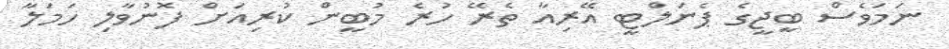
ނަމަވެސް ބީޖީގެ ޕެނަލްޓީ އޭރިއާ ތެރޭ ހުރެ މުބީން ކުރިއަށް ފޮނުވާލި ހަމަލާ